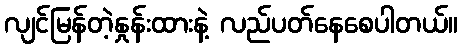
လျင်မြန်တဲ့နှုန်းထားနဲ့ လည်ပတ်နေစေပါတယ်။